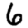
Digit: 6